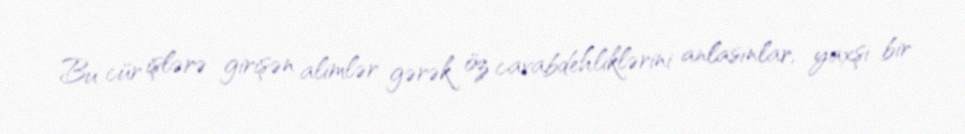
Bu cür işlərə girişən alimlər gərək öz cavabdehliklərini anlasınlar, yaxşı bir